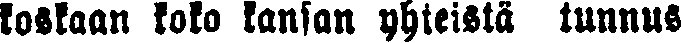
koskaan koko kansan yhteistä tunnus